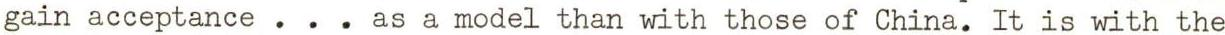
gain acceptance . . . as a model than with those of China. It is with the